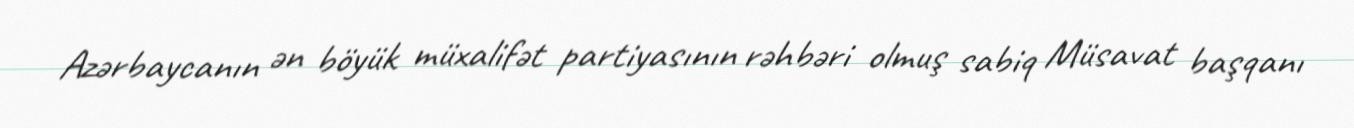
Azərbaycanın ən böyük müxalifət partiyasının rəhbəri olmuş sabiq Müsavat başqanı